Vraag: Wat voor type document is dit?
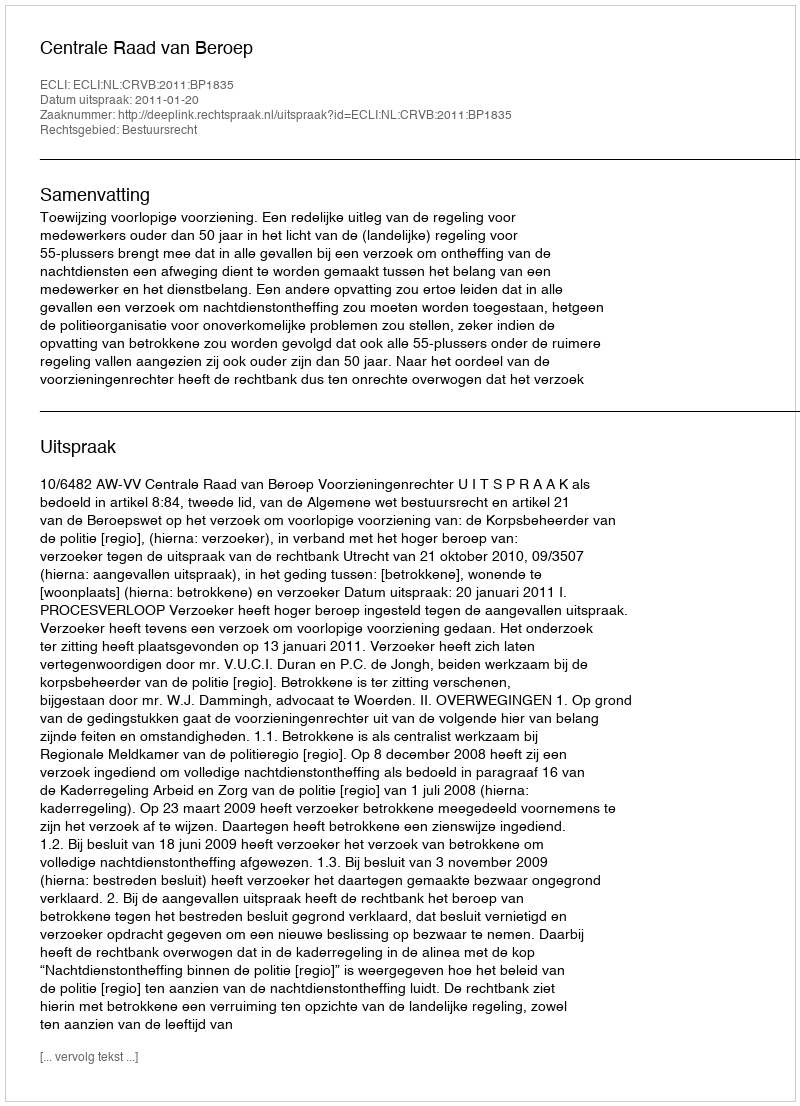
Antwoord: Uitspraak